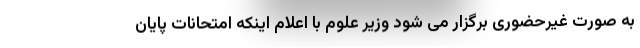
به صورت غیرحضوری برگزار می شود وزیر علوم با اعلام اینکه امتحانات پایان